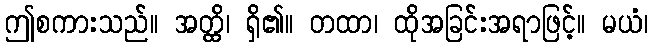
ဤစကားသည်။ အတ္ထိ၊ ရှိ၏။ တထာ၊ ထိုအခြင်းအရာဖြင့်။ မယံ၊